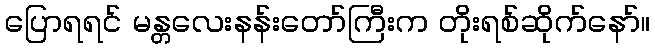
ပြောရရင် မန္တလေးနန်းတော်ကြီးက တိုးရစ်ဆိုက်နော်။